Calcutta medical institutions reports 1879-81 [i.e.91]
Year: 1879
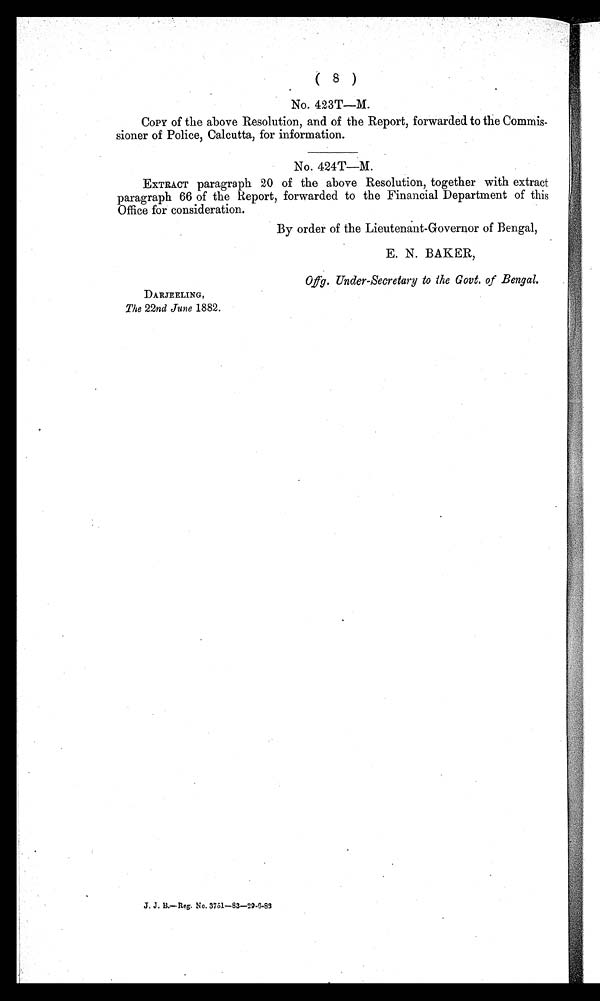
( 8 )
No. 423T—M.
COPY of the above Resolution, and of the Report, forwarded to the Commis-
sioner of Police, Calcutta, for information.
No. 424T—M.
EXTRACT paragraph 20 of the above Resolution, together with extract
paragraph 66 of the Report, forwarded to the Financial Department of this
Office for consideration.
By order of the Lieutenant-Governor of Bengal,
E. N. BAKER,
Offg. Under-Secretary to the Govt. of Bengal.
DARJEELING,
The 22nd June 1882.
J.J.B.—Reg. No.3751—83—29.6.83